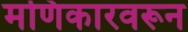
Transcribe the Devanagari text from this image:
मणिकारवरून